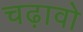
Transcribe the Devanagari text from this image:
चढ़ावो